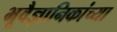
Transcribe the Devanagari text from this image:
भूवैज्ञानिकांच्या